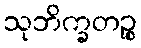
သုဘိက္ခတဉ္စ